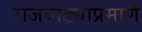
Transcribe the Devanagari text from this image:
राजवाड्याप्रमाणे